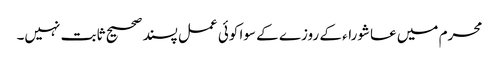
محرم میں عاشوراء کے روزے کے سوا کوئی عمل پسند صحیح ثابت نہیں۔